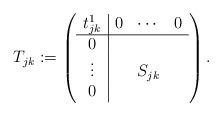
LaTeX: \begin{align*}T_{jk}:=\left( \begin{array}{c|ccc} t_{jk}^1&0&\cdots&0\\ \hline 0&&& \\ \vdots&&S_{jk}& \\ 0&&& \end{array} \right). \end{align*}